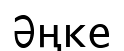
Әңке